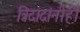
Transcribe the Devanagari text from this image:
त्रिंदादांनीही